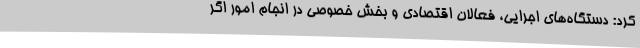
کرد: دستگاه‌های اجرایی، فعالان اقتصادی و بخش خصوصی در انجام امور اگر